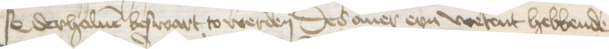
s0 derhaluen beswart to werden Des auer eyn wetent hebbende